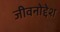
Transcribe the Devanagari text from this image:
जीवनोद्देश